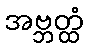
အဗ္ဘတ္ထံ